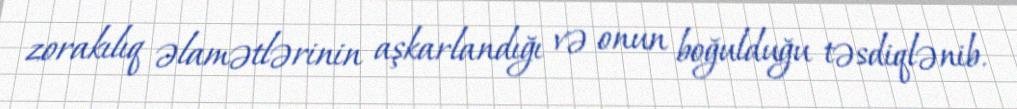
zorakılıq əlamətlərinin aşkarlandığı və onun boğulduğu təsdiqlənib.